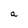
Character: a